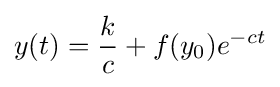
y(t)={\frac {k}{c}}+f(y_{0})e^{-ct}